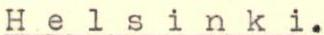
Helsinki.